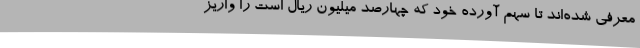
معرفی شده‌اند تا سهم آورده خود که چهارصد میلیون ریال است را واریز